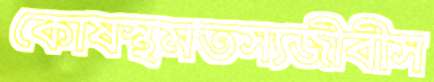
কোষস্থমতস্যজীবীস